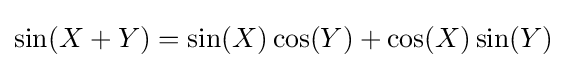
\sin(X+Y)=\sin(X)\cos(Y)+\cos(X)\sin(Y)